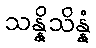
သန္နိသိန္နံ